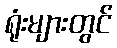
ရုံးများတွင်